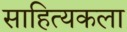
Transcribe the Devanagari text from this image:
साहित्यकला